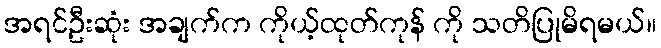
အရင်ဦးဆုံး အချက်က ကိုယ့်ထုတ်ကုန် ကို သတိပြုမိရမယ်။